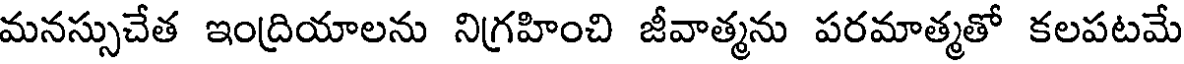
మనస్సుచేత ఇంద్రియాలను నిగ్రహించి జీవాత్మను పరమాత్మతో కలపటమే